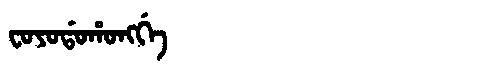
Manchu: ᠸᠣᠶᠣᡩᠣᡥᠣᠩᡤᡝ
Romanization: FOYODOHONGGE